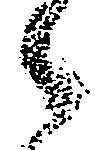
々